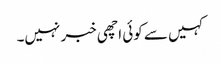
کہیں سے کوئی اچھی خبر نہیں۔